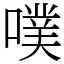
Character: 噗